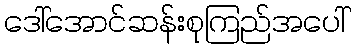
ဒေါ်အောင်ဆန်းစုကြည်အပေါ်